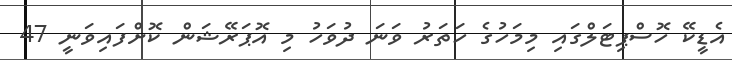
އެޑީކޭ ހޮސްޕިޓަލްގައި މިމަހުގެ ހަތަރު ވަނަ ދުވަހު މި އޮޕަރޭޝަން ކޮށްފައިވަނީ 47